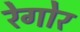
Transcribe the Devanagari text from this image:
रेगोर